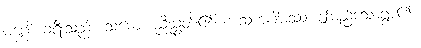
မဂ္ဂေါ၊ ခရီးသည်။ သမော၊ ညီညွတ်၏။ အသုကဂါမဿ၊ ဤမည်သောရွာ၏။